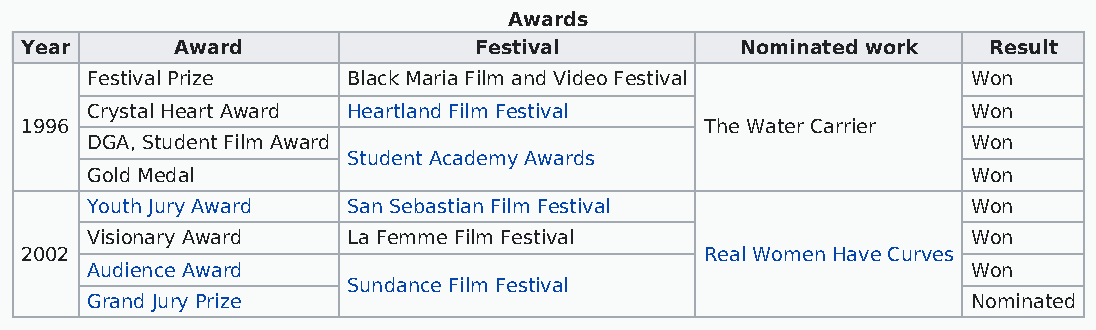
Awards
 Year       Award              Festival          Nominated work  Result
 Festival Prize   Black Maria Film and Video Festival      Won
 Crystal Heart Award Heartland Film Festival               Won
 1996                                          The Water Carrier
 DGA, Student Film Award                                   Won
 Student Academy Awards
 Gold Medal                                                Won
 Youth Jury Award San Sebastian Film Festival              Won
 Visionary Award  La Femme Film Festival                   Won
 2002                                          Real Women Have Curves
 Audience Award                                            Won
 Sundance Film Festival
 Grand Jury Prize                                          Nominated